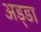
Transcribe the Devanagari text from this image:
अड्‍डा